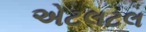
એટલટલ